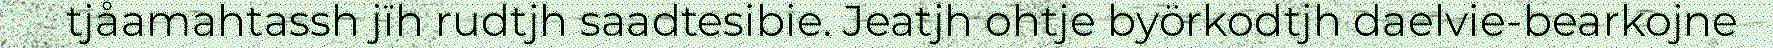
tjåamahtassh jïh rudtjh saadtesibie. Jeatjh ohtje byörkodtjh daelvie-bearkojne